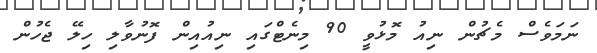
ނަމަވެސް މެޗުން ނިއު މޮޅުވީ 90 މިނެޓްގައި ނިއުއިން ފޮނުވާލި ހިލޭ ޖެހުން